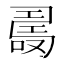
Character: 𠼡